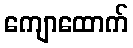
ကျောထောက်